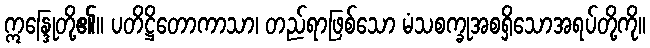
ဣန္ဒြေုတို့၏။ ပတိဋ္ဌိတောကာသာ၊ တည်ရာဖြစ်သော မံသစက္ခုအစရှိသောအရပ်တို့ကို။